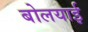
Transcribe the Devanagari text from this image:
बोलयाई